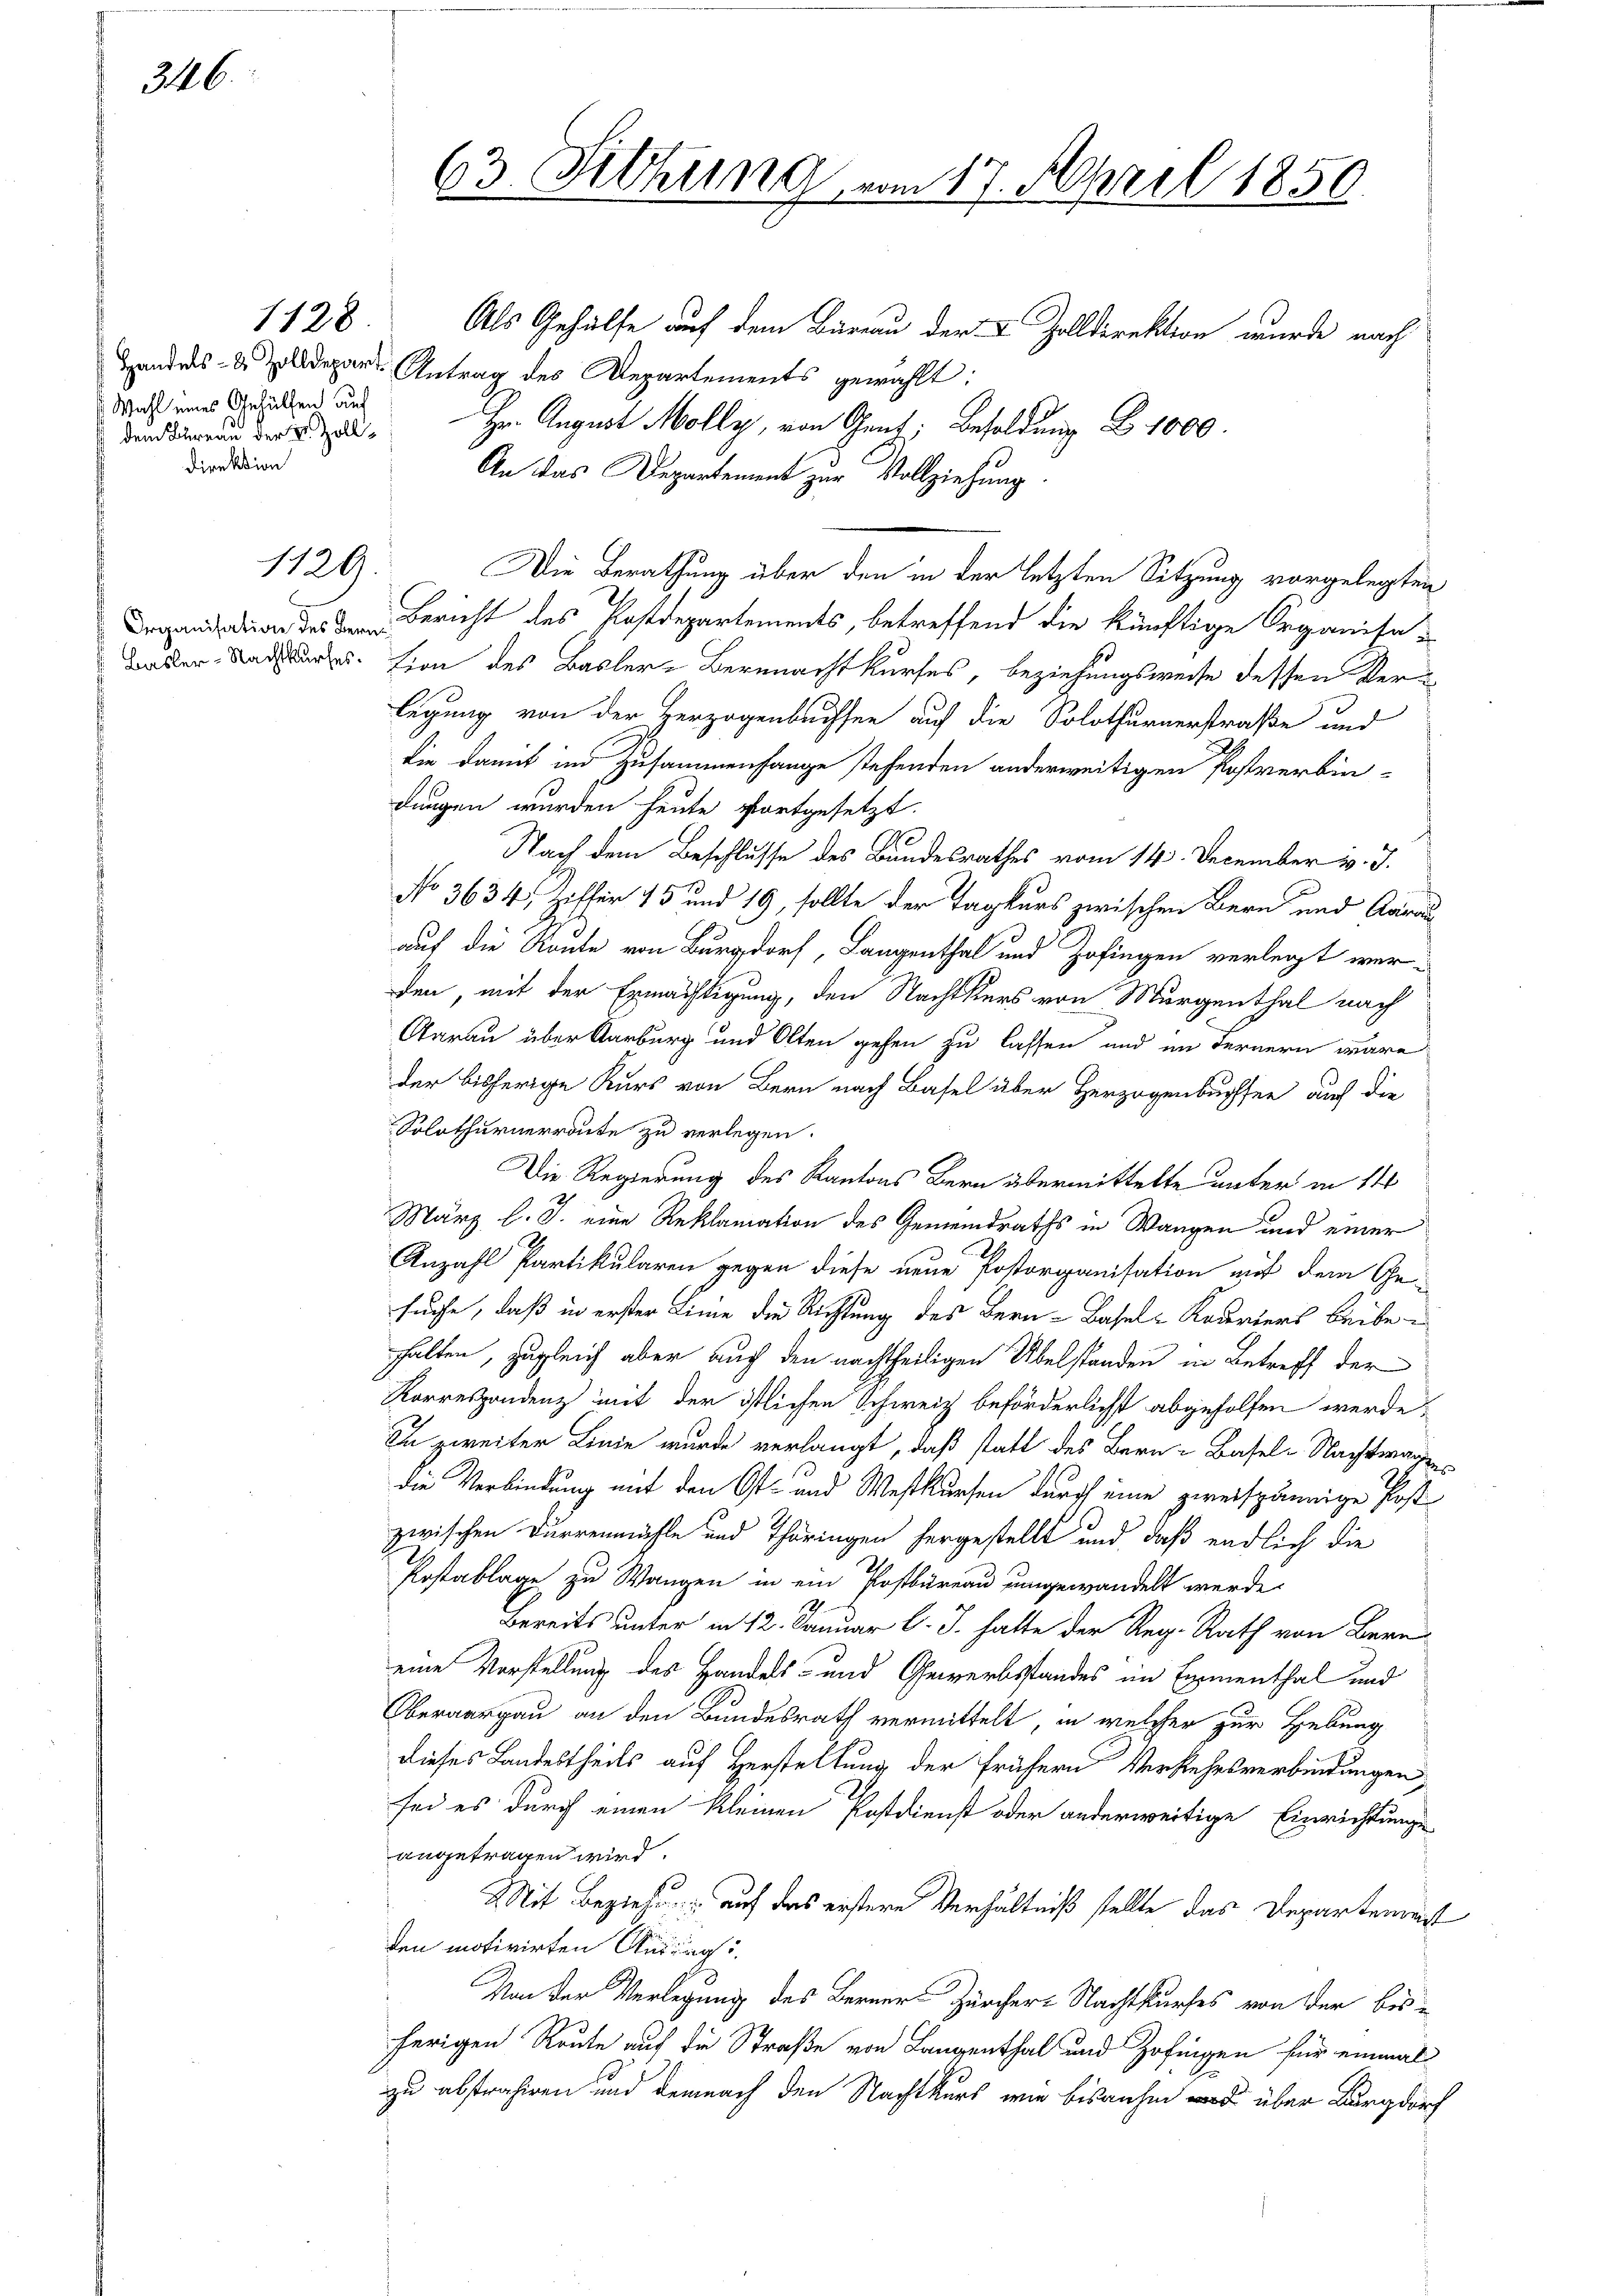
346.

Wahl eines Gehülfen auf
dem Bureau der v. Zoll¬
Direktion

1129.

E

63. Februng vom 17. April 1850.

1128. Als Gehülfe auf dem Bureau der & Zolldirektion wurde nach
Handels- & Zolldepar Antrag des Departements gewählt:
Im August Molly, von Gent: Besoldung B. 1000.
An das Departement zur Vollziehung.
Die Berathung über den in der letzten Sitzung vorgelegten
Bericht des Postdepartements, betreffend die künftige Organisa¬
Bader Radstandes. Lion des Basler-Berenachtkurfes, beziehungsweise dessen Verulegung von der Herzogenbuchsee auf die Solothurnerstraße und
die damit in Zusammenhange stehenden anderweitigen Postverbin-
dungen wurden heute fortgesetzt.
e
Nach dem Beschlusse des Bundesrathes vom 14. December v. J.
No 3634, Ziffer 15 und 19, sollte der Tagkurs zwischen Bern und Aarau
auf die Route von Burgdorf, Langenthal und Zofingen verlegt wer-
den, mit der Ermächtigung, den Nachtkers von Murgenthal nach
Aarau über Aarburg und Olten gehen zu lassen und im Fernern wäre
der bisherige Kurs von Bern nach Basel über Herzogenbuchsen auch die
Solothurnerraute zu verlegen.
Die Regierung des Kantons Bern übermittelte unter in 14
März l. J. eine Reklamation des Gemeindraths in Wangen und einer
Anzahl Partikularen gegen diese neue Postorganisation mit dem Ge-
suche, daß in erster Linie die Richtung des Bern-Basel-Kaderiers beiben
halten, zugleich aber auch den nachtheiligen Übelstanden in Betreff der
Korrespondenz mit der östlichen Schweiz beförderlichst abgeholfen werde,
In zweiter Linie wurde verlangt, daß statt des Bern Basel-Nachtware
die Verbindung mit den Ost- und Westkursen durch eine gereispännige Post
zwischen Durrenmühle und Thüringen hergestellt und daß endlich die
Postablage zu Wangen in ein Postbureau umgewandelt werde.
3
Bereits unter in 12. Januar l. J. hatte der Reg. Rath von Bern
eine Vorstellung des Handels- und Gewerbsstandes im Examenthal und
Oberaargau an den Bundesrath vermittelt, in welcher zur Hebung
dieses Landestheils auf Herstellung der frühern Verkehrsverbindungen,
sei es durch einen kleinen Postdienst oder anderweitige Einrichtunge
angetragen wird.
Mit Beziehe auf das erstere Verhältniß stellte das Departemest
den motivirten Andung
Von der Verlegung des Berner-Zürcher Nachtkurses von der bisherigen Reute auf die Straße von Langenthal und Zofingen für einmal
zu abstrahiren und demnach den Nachtkurs wie bisanher über Burgdorf